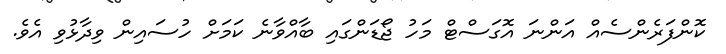
ކޮންފަރެންސެއް އަންނަ އޮގަސްޓް މަހު ޖޯޑަންގައި ބާއްވާނެ ކަމަށް ހުސައިން ވިދާޅުވި އެވެ.